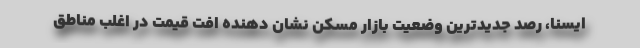
ایسنا، رصد جدیدترین وضعیت بازار مسکن نشان دهنده افت قیمت در اغلب مناطق